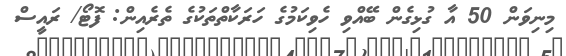
މިނިވަން 50 އާ ގުޅިގެން ބޭއްވި ހެވިކަމުގެ ހަރަކާތްތަކުގެ ތެރެއިން: ފޮޓޯ/ ރައީސް